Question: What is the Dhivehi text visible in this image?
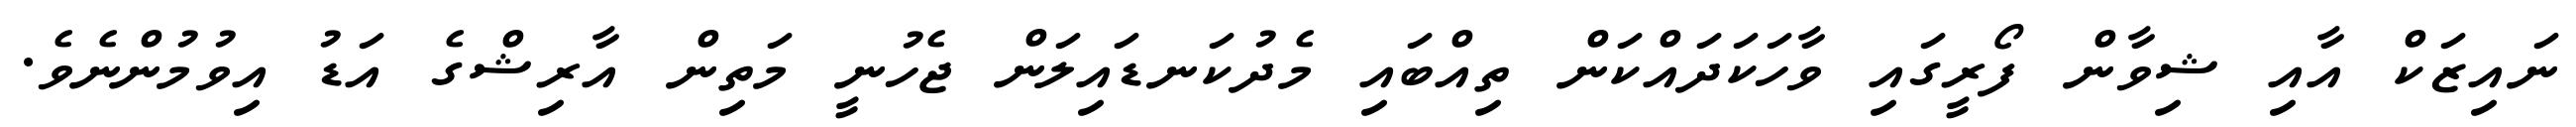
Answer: ނައިޒަކް އާއި ޝިވާން ފޯރީގައި ވާހަކަދައްކަން ތިއްބައި މެދުކަނޑައިލަން ޖެހުނީ މަތިން އާރިޝްގެ އަޑު އިވުމުންނެވެ.